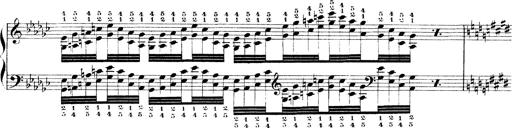
Title: Technische Studien
Composer: Franz Liszt